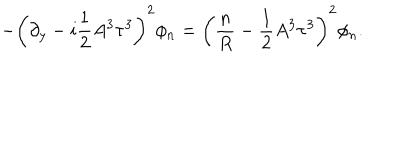
- \left( \partial _ { y } - i \frac { 1 } { 2 } A ^ { 3 } \tau ^ { 3 } \right) ^ { 2 } \phi _ { n } = \left( \frac { n } { R } - \frac { 1 } { 2 } A ^ { 3 } \tau ^ { 3 } \right) ^ { 2 } \phi _ { n } .